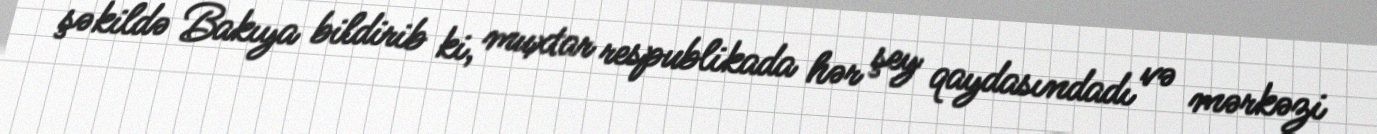
şəkildə Bakıya bildirib ki, muxtar respublikada hər şey qaydasındadı və mərkəzi